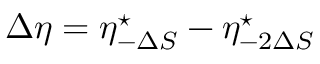
\Delta \eta = \eta _ { - \Delta S } ^ { \star } - \eta _ { - 2 \Delta S } ^ { \star }